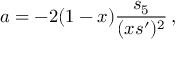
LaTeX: a = - 2 ( 1 - x ) \frac { s _ { 5 } } { ( x s ^ { \prime } ) ^ { 2 } } \, ,